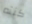
كنته